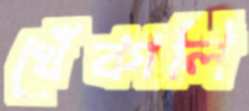
খেঁকালি